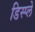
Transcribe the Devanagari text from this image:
डिस्‍प्ले